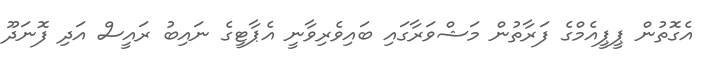
އެގޮތުން ޕީޕީއެމްގެ ފަރާތުން މަޝްވަރާގައި ބައިވެރިވާނީ އެޕާޓީގެ ނައިބު ރައީސް އަދި ފޮނަދޫ